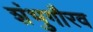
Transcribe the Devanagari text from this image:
शंभुगौरव